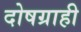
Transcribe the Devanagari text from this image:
दोषग्राही